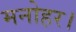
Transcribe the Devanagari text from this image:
मनोहर।